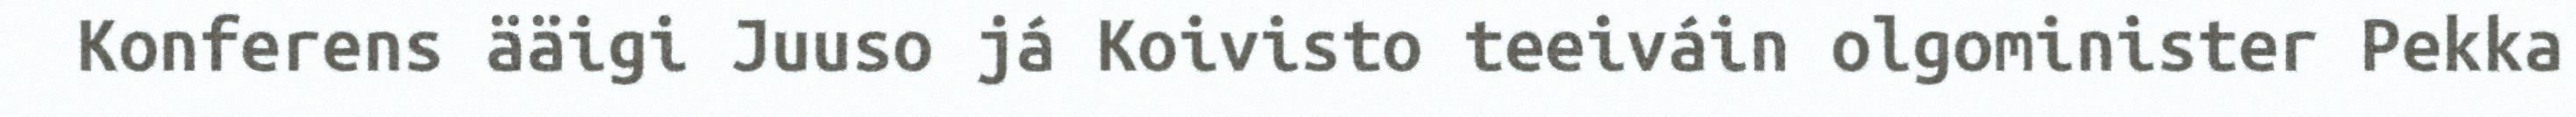
Konferens ääigi Juuso já Koivisto teeiváin olgominister Pekka